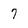
Character: 7